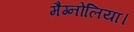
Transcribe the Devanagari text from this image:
मैग्नोलिया।